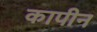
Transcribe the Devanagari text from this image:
कापीन